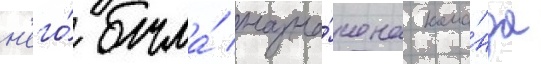
н'его́ была́ назна́чена кома́нда